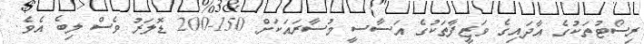
ރިސޯޓުތަކުގެ އާދައިގެ ވަޒީފާތަކުގެ އަސާސީ މުސާރައަކަށް 150-200 ޑޮލަރު ވެސް ލިބެ އެވެ.